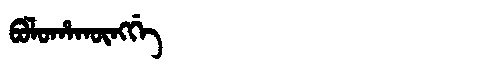
Manchu: ᠪᠣᠯᠣᡥᠠᡴᡡᠩᡤᡝ
Romanization: BOLOHAKŪNGGE